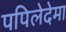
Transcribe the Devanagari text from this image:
पपिलेदेमा